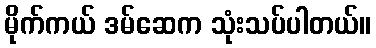
မိုက်ကယ် ဒမ်ဆေက သုံးသပ်ပါတယ်။